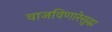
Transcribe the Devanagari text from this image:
वाजविणारेसुद्धा